Leaving Certificate Examination, 1912
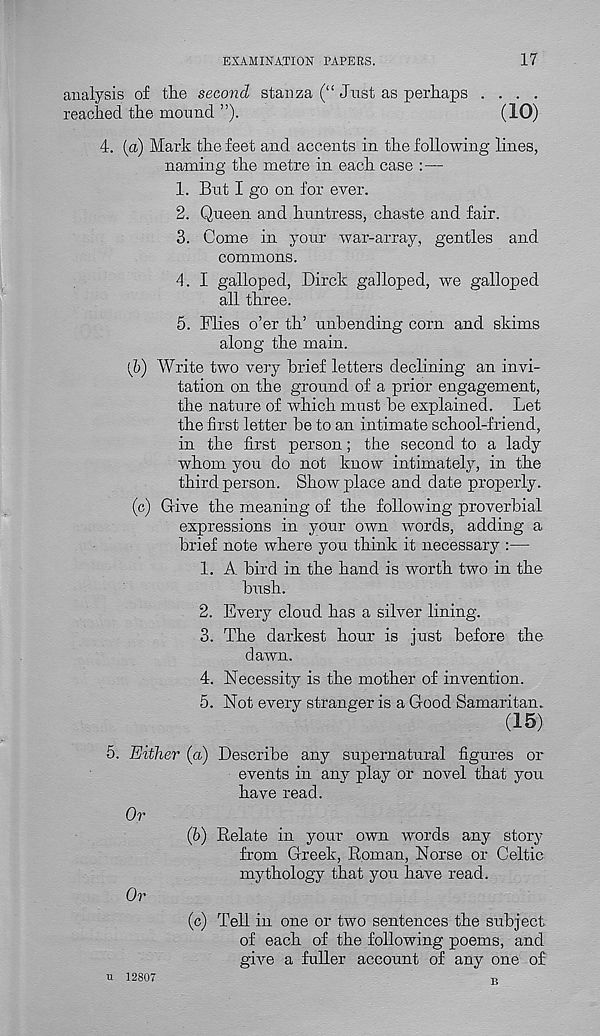
EXAMINATION PAPERS.
17
analysis of the second stanza (“ Just as perhaps ....
reached the mound ”).
(10)
4. (a) Mark the feet and accents in the following lines,
naming the metre in each case : —
1. But I go on for ever.
2. Queen and huntress, chaste and fair.
3. Come in your war-array, gentles and
commons.
4. I galloped, Dirck galloped, we galloped
all three.
5. Flies o’er th’ unbending corn and skims
along the main.
(b) Write two very brief letters declining an invi-
tation on the ground of a prior engagement,
the nature of which must be explained. Let
the first letter be to an intimate school-friend,
in the first person; the second to a lady
whom you do not know intimately, in the
third person. Show place and date properly.
(c) Give the meaning of the following proverbial
expressions in your own words, adding a
brief note where you think it necessary :—
1. A bird in the hand is worth two in the
bush.
2. Every cloud has a silver lining.
3. The darkest hour is just before the
dawn.
4. Necessity is the mother of invention.
5. Not every stranger is a Good Samaritan.
(15)
5.
Either (a) Describe any sup
events in any play or novel that you
have read.
Or
(b) Relate in your own words any story
from Greek, Roman, Norse or Celtic
mythology that you have read.
Or
(c) Tell in one or two sentences the subject
of each of the following poems, and
give a fuller account of any one of
u 12807
T.